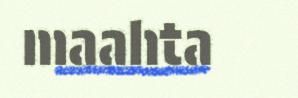
maahta